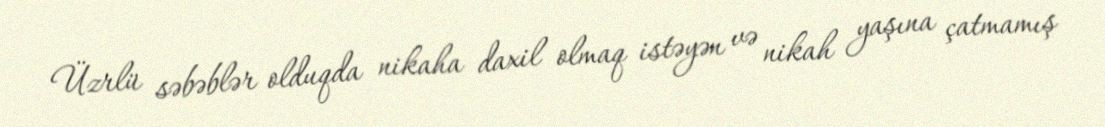
Üzrlü səbəblər olduqda nikaha daxil olmaq istəyən və nikah yaşına çatmamış